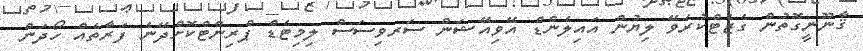
ޤާނޫނީގޮތުން ގެޒެޓްކުރެވޭ ލިޔުން އައިލެންޑް އޭވިއޭޝަން ސަރވިސަސް ލިމިޓެޑް ޕްރިންޓްކޮށްދޭނެ ފަރާތެއް ހޯދަން